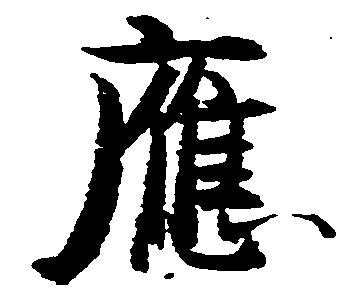
応